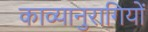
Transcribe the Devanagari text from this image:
काव्यानुरागियों